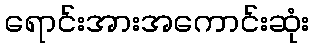
ရောင်းအားအကောင်းဆုံး